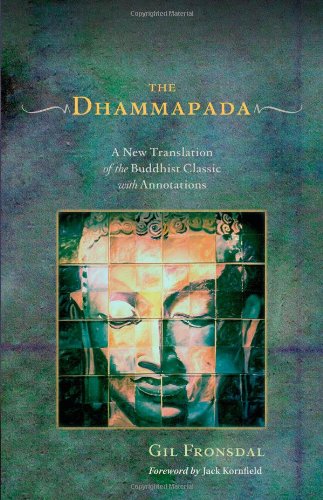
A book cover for The Dhammapada: A New Translation of the Buddhist Classic with Annotations; Religion & Spirituality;